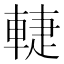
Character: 𲄷